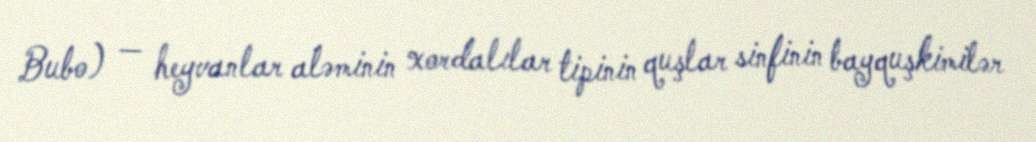
Bubo) — heyvanlar aləminin xordalılar tipinin quşlar sinfinin bayquşkimilər